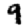
Digit: 9